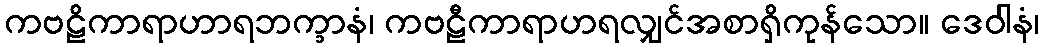
ကဗဠိကာရာဟာရဘက္ခာနံ၊ ကဗဠီကာရာဟရလျှင်အစာရှိကုန်သော။ ဒေဝါနံ၊